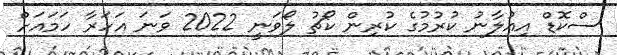
ސްކޮޑް އިއުލާނު ކުރުމުގެ ކުރިން ކޯޗު ލޯވަނީ 2022 ވަނަ އަހަރާ ހަމައަށް